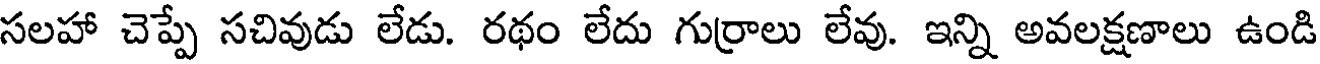
సలహా చెప్పే సచివుడు లేడు. రథం లేదు గుర్రాలు లేవు. ఇన్ని అవలక్షణాలు ఉండి